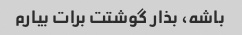
باشه، بذار گوشتت برات بیارم